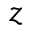
z